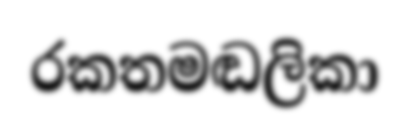
රකතමඬලිකා